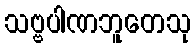
သဗ္ဗပါဏဘူတေသု